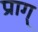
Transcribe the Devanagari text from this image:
प्राग्‌